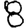
Digit: 8